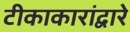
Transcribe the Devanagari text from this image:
टीकाकारांद्वारे